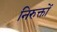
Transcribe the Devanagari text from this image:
निरुक्तों